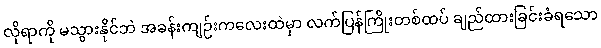
လိုရာကို မသွားနိုင်ဘဲ အခန်းကျဉ်းကလေးထဲမှာ လက်ပြန်ကြိုးတစ်ထပ် ချည်ထားခြင်းခံရသော